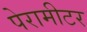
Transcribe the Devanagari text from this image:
पेरामीटर